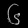
Digit: ၆